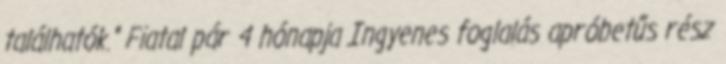
találhatók." Fiatal pár 4 hónapja Ingyenes foglalás apróbetűs rész